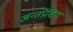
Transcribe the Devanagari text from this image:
अन्तर्प्रेशिय